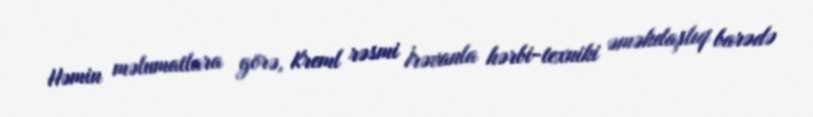
Həmin məlumatlara görə, Kreml rəsmi İrəvanla hərbi-texniki əməkdaşlıq barədə